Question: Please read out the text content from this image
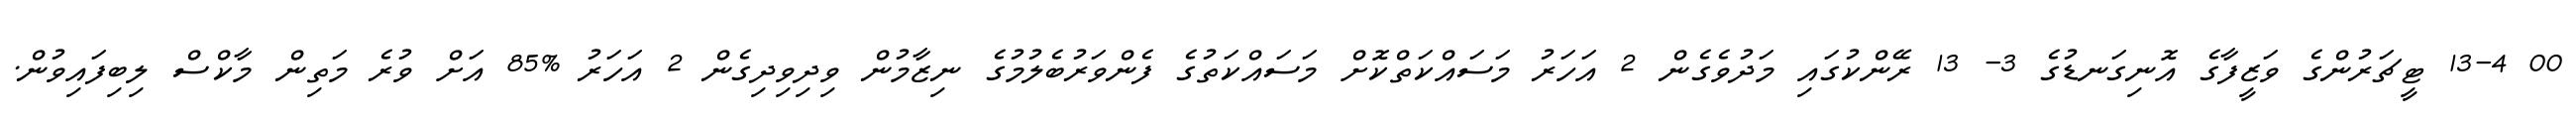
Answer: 00 13-4 ޓީޗަރުންގެ ވަޒީފާގެ އޮނިގަނޑުގެ 3- 13 ރޭންކުގައި މަދުވެގެން 2 އަހަރު މަސައްކަތްކޮށް މަސައްކަތުގެ ފެންވަރުބެލުމުގެ ނިޒާމުން ވިދިވިދިގެން 2 އަހަރު %85 އަށް ވުރެ މަތިން މާކްސް ލިބިފައިވުން.